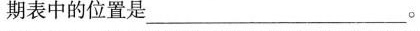
期表中的位置是___。